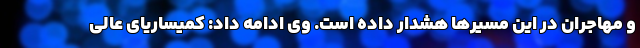
و مهاجران در این مسیرها هشدار داده است. وی ادامه داد: کمیساریای عالی